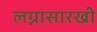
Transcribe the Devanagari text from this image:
लग्नासारखी